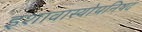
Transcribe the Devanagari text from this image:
इशावास्योपनिषद